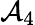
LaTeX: \mathcal{A}_{4}